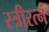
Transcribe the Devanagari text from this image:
स्त्रीरत्नं